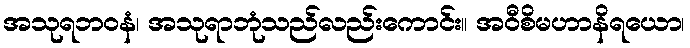
အသုရဘဝနံ၊ အသုရာဘုံသည်လည်းကောင်း။ အဝီစိမဟာနိရယော၊